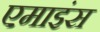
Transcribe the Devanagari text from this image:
एमाइंस